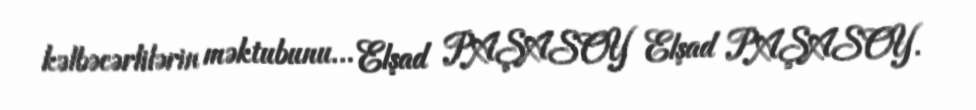
kəlbəcərlilərin məktubunu... Elşad PAŞASOY Elşad PAŞASOY.